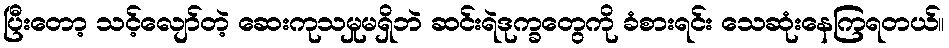
ပြီးတော့ သင့်လျော်တဲ့ ဆေးကုသမှုမရှိဘဲ ဆင်းရဲဒုက္ခတွေကို ခံစားရင်း သေဆုံးနေကြရတယ်။